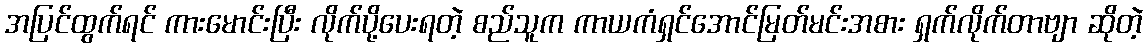
အပြင်ထွက်ရင် ကားမောင်းပြီး လိုက်ပို့ပေးရတဲ့ စည်သူက ကာယကံရှင်အောင်မြတ်မင်းအစား ရှက်လိုက်တာဗျာ ဆိုတဲ့